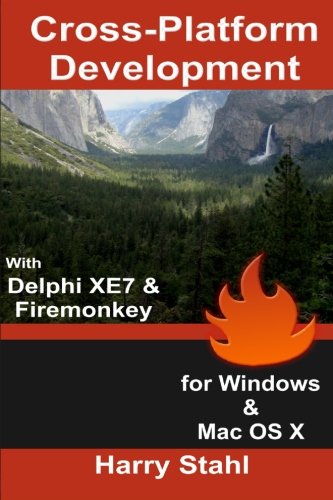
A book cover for Cross-Platform Development with Delphi XE7 & Firemonkey for Windows & Mac OS X; Harry Stahl; Computers & Technology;